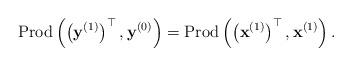
LaTeX: \begin{align*}\mbox{Prod}\left(\left(\mathbf{y}^{(1)}\right)^{\top},\mathbf{y}^{(0)}\right)=\mbox{Prod}\left(\left(\mathbf{x}^{(1)}\right)^{\top},\mathbf{x}^{(1)}\right).\end{align*}